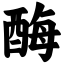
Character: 酶